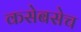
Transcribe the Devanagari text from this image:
कसेबसेच